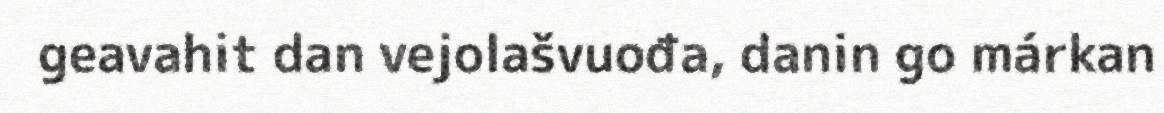
geavahit dan vejolašvuođa, danin go márkan